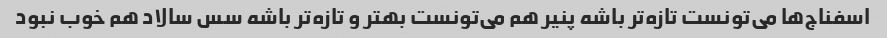
اسفناج‌ها می‌تونست تازه‌تر باشه پنیر هم می‌تونست بهتر و تازه‌تر باشه سس سالاد هم خوب نبود